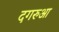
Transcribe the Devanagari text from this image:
दगरुआ